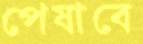
পেষাবে